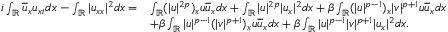
\begin{array} { r l } { i \int _ { \mathbb { R } } \overline { { u } } _ { x } u _ { x t } d x - \int _ { \mathbb { R } } | u _ { x x } | ^ { 2 } d x = } & { \int _ { \mathbb { R } } ( | u | ^ { 2 p } ) _ { x } u \overline { { u } } _ { x } d x + \int _ { \mathbb { R } } | u | ^ { 2 p } | u _ { x } | ^ { 2 } d x + \beta \int _ { \mathbb { R } } ( | u | ^ { p - 1 } ) _ { x } | v | ^ { p + 1 } u \overline { { u } } _ { x } d x } \\ & { + \beta \int _ { \mathbb { R } } | u | ^ { p - 1 } ( | v | ^ { p + 1 } ) _ { x } u \overline { { u } } _ { x } d x + \beta \int _ { \mathbb { R } } | u | ^ { p - 1 } | v | ^ { p + 1 } | u _ { x } | ^ { 2 } d x . } \end{array}